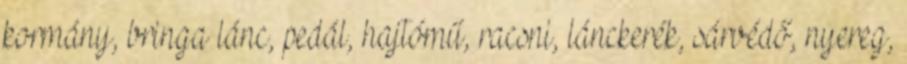
kormány, bringa lánc, pedál, hajtómű, racsni, lánckerék, sárvédő, nyereg,